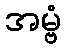
အမ္ဗံ